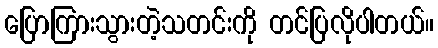
ပြောကြားသွားတဲ့သတင်းကို တင်ပြလိုပါတယ်။